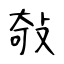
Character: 敧